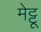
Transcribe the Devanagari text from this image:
मेट्टू